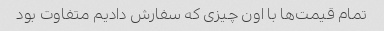
تمام قیمت‌ها با اون چیزی که سفارش دادیم متفاوت بود